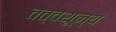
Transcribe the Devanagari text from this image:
तत्वशून्य